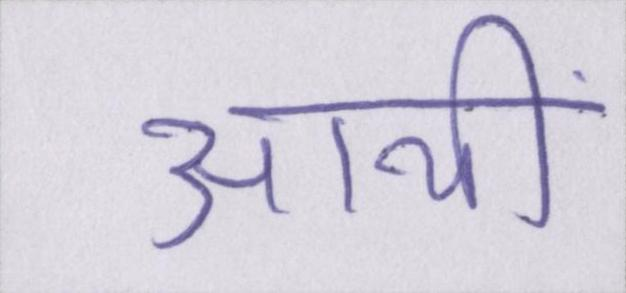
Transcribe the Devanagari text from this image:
आयीं